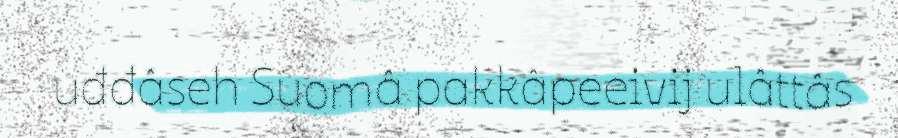
uđđâseh Suomâ pakkâpeeivij ulâttâs